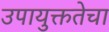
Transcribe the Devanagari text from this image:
उपायुक्ततेचा